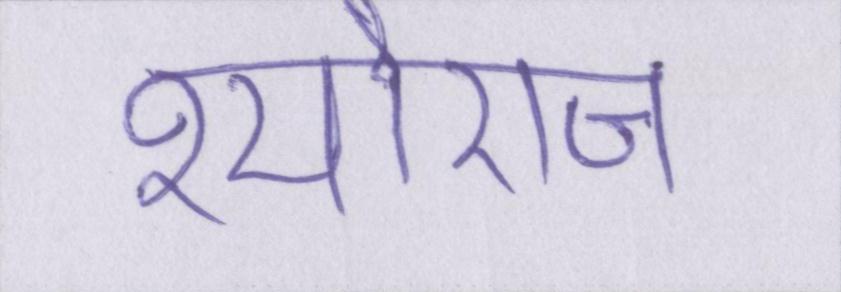
श्यौराज